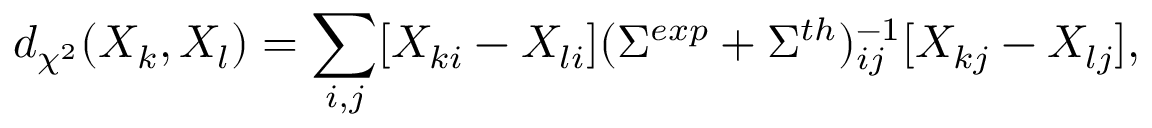
d _ { \chi ^ { 2 } } ( X _ { k } , X _ { l } ) = \sum _ { i , j } [ X _ { k i } - X _ { l i } ] ( \Sigma ^ { e x p } + \Sigma ^ { t h } ) _ { i j } ^ { - 1 } [ X _ { k j } - X _ { l j } ] ,